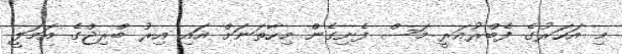
މި އަހަރުގެ ފެބްރުއަރީ މަސް ފެށިގެން މިހާތަނަށް އައި އިރު ބްރިޖްގެ އަމަލީ